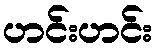
ဟင်းဟင်း